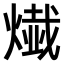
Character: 𤍬